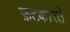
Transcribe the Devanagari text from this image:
फ़टकारते